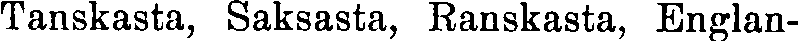
Tanskasta, Saksasta, Ranskasta, Englan-